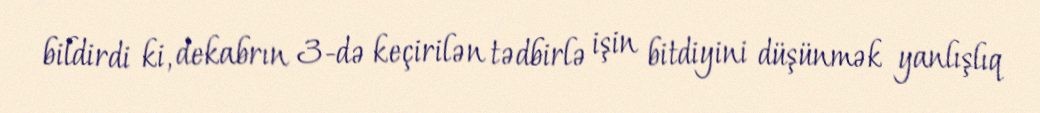
bildirdi ki, dekabrın 3-də keçirilən tədbirlə işin bitdiyini düşünmək yanlışlıq